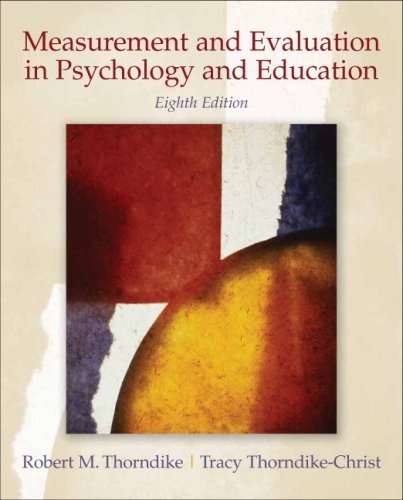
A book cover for Measurement and Evaluation in Psychology and Education (8th Edition); Robert M. Thorndike; Medical Books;